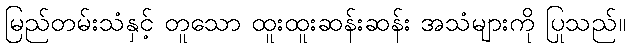
မြည်တမ်းသံနှင့် တူသော ထူးထူးဆန်းဆန်း အသံများကို ပြုသည်။